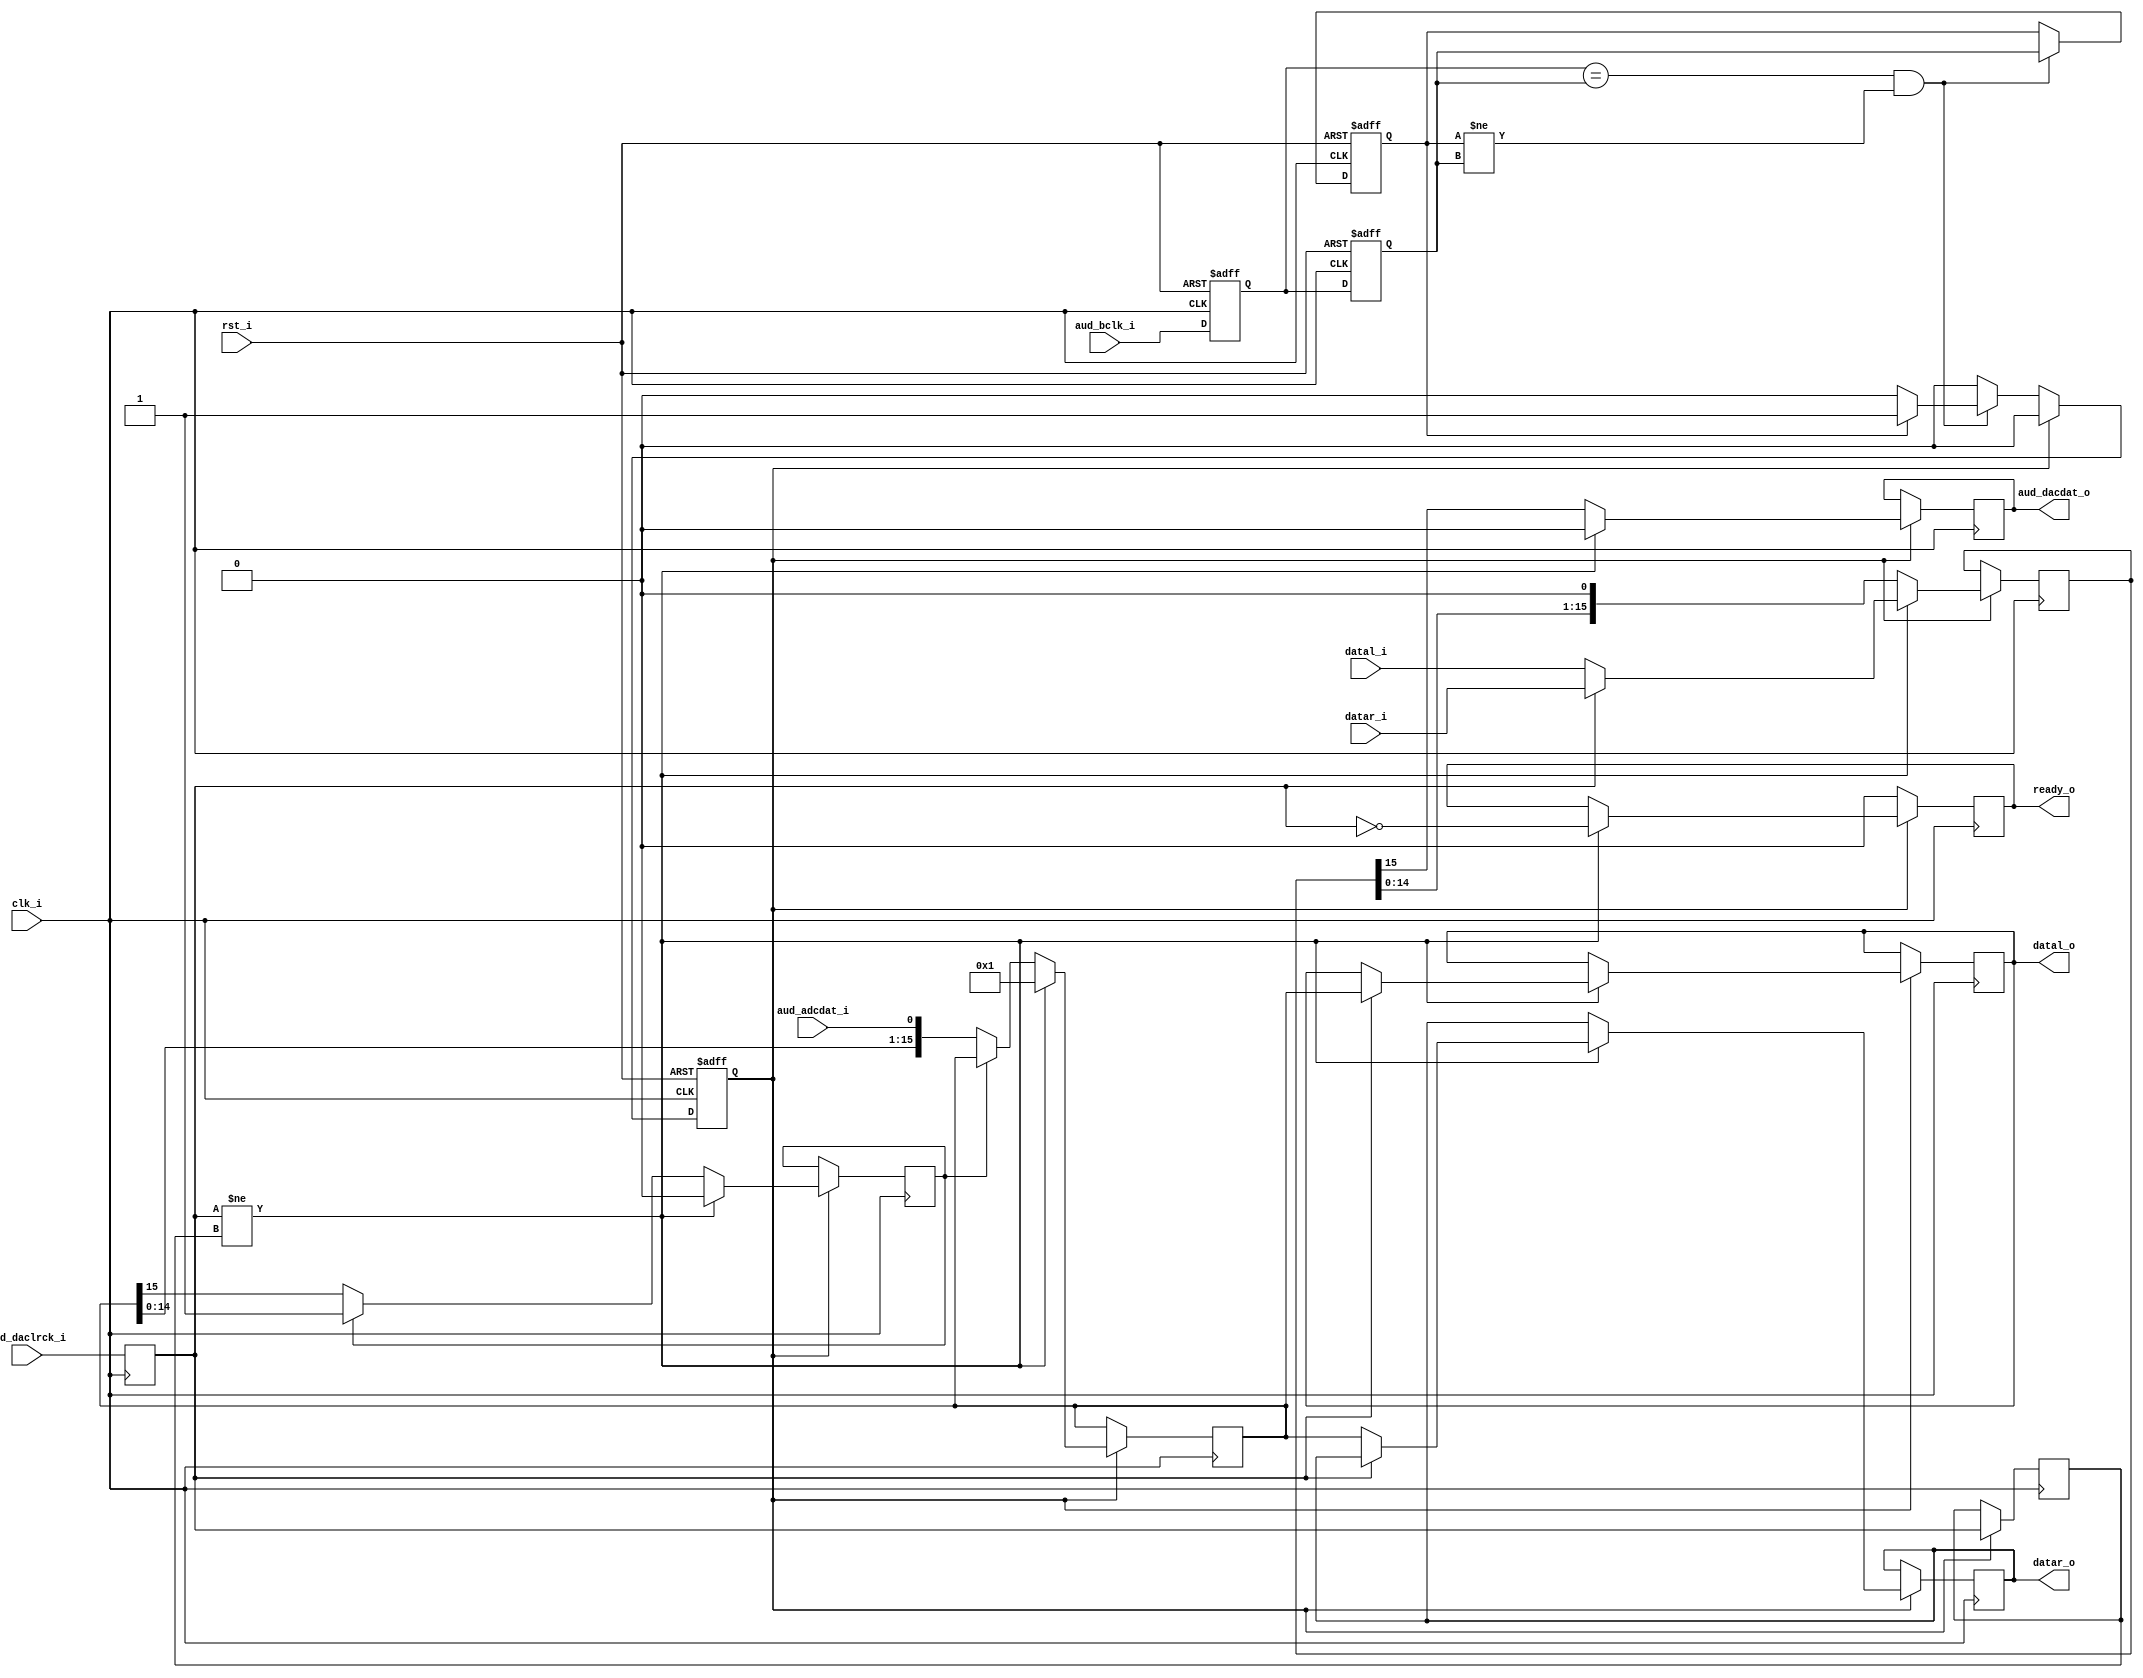
module speaker_iface
  (
    // Main system interface
    input                     clk_i, 
    input                     rst_i, 
    input      signed [15:0]  datal_i,
    input      signed [15:0]  datar_i,
    output reg signed [15:0]  datal_o,
    output reg signed [15:0]  datar_o,

    output reg                ready_o,
//    output reg                readydac_o, // not used
//    output reg                readyadc_o, // not used

    // Audio interface
    input                     aud_bclk_i,
    input                     aud_daclrck_i,
    output reg                aud_dacdat_o,
    input                     aud_adcdat_i
  );

  reg fBCLK_HL;
//  reg fBCLK_LH;
  reg bCurrentClk;
  reg bFilterClk1;
  reg bFilterClk2;

  reg bDACLRCK_old;
  reg bDACLRCK;

  reg [15:0] rDAC;
  reg [15:0] rADC;

  reg fADCReady;

  // Synchronizing BCLK with clk_i
  always @(posedge clk_i or posedge rst_i)
  begin
    if (rst_i)
    begin
      fBCLK_HL <= 1'b0;
//      fBCLK_LH <= 1'b0;
      bCurrentClk <= 1'b0;
      bFilterClk1 <= 1'b0;
      bFilterClk2 <= 1'b0;
    end
    else
    begin
      bFilterClk1 <= aud_bclk_i;
      bFilterClk2 <= bFilterClk1;
      if ((bFilterClk1 == bFilterClk2) && (bCurrentClk != bFilterClk2))
      begin
        bCurrentClk <= bFilterClk2;
        if (bCurrentClk == 1'b1)
          fBCLK_HL <= 1'b1;  // falling edge of aud_bclk_i
//        else
//          fBCLK_LH <= 1'b1;  // rising edge of aud_bclk_i
      end
      if (fBCLK_HL)
        fBCLK_HL <= 1'b0; // 1 clock pulse fBCLK_HL
//      if (fBCLK_LH)
//        fBCLK_LH <= 1'b0; // 1 clock pulse fBCLK_LH
    end
  end  

  // Filtering aud_daclrck_i
  always @(posedge clk_i)
    bDACLRCK <= aud_daclrck_i;

  // Processsing BCLK
  always @(posedge clk_i)
  begin
    if (fBCLK_HL)
    begin
      bDACLRCK_old <= bDACLRCK;
      if (bDACLRCK != bDACLRCK_old)
      begin
        // DAC write
        rDAC <= (bDACLRCK) ? datar_i : datal_i;
        aud_dacdat_o <= 1'b0;
        // ADC read
        if (bDACLRCK)
          datal_o <= rADC;
        else
          datar_o <= rADC;
        rADC <= 16'h0001;
        fADCReady <= 1'b0;
        // ready pulse
        ready_o <= ~bDACLRCK;
      end
      else
      begin
        //DAC shift
        { aud_dacdat_o, rDAC } <= { rDAC, 1'b0 };
        // ADC shift
        if (!fADCReady)
          { fADCReady, rADC} <= { rADC, aud_adcdat_i };
      end
    end
    else if (ready_o)
      ready_o <= 1'b0; // 1 clock ready_o pulse
  end

endmodule